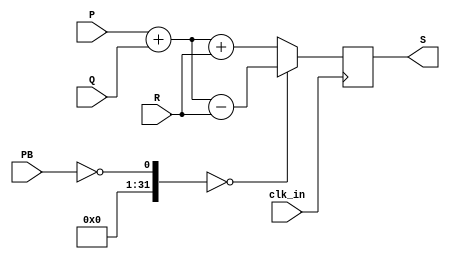
module simple_alt(P,Q,R,clk_in,PB,S);

input [3:0] P,Q,R;
input clk_in,PB;
output [5:0] S;  

reg [5:0] S1;

assign S=S1;

always @(posedge clk_in)
begin
	if (!PB==0)
	begin
		S1=P+Q-R;
	end
	else
	begin
		S1=P+Q+R;
	end
end
endmodule